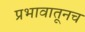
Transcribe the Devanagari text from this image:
प्रभावातूनच